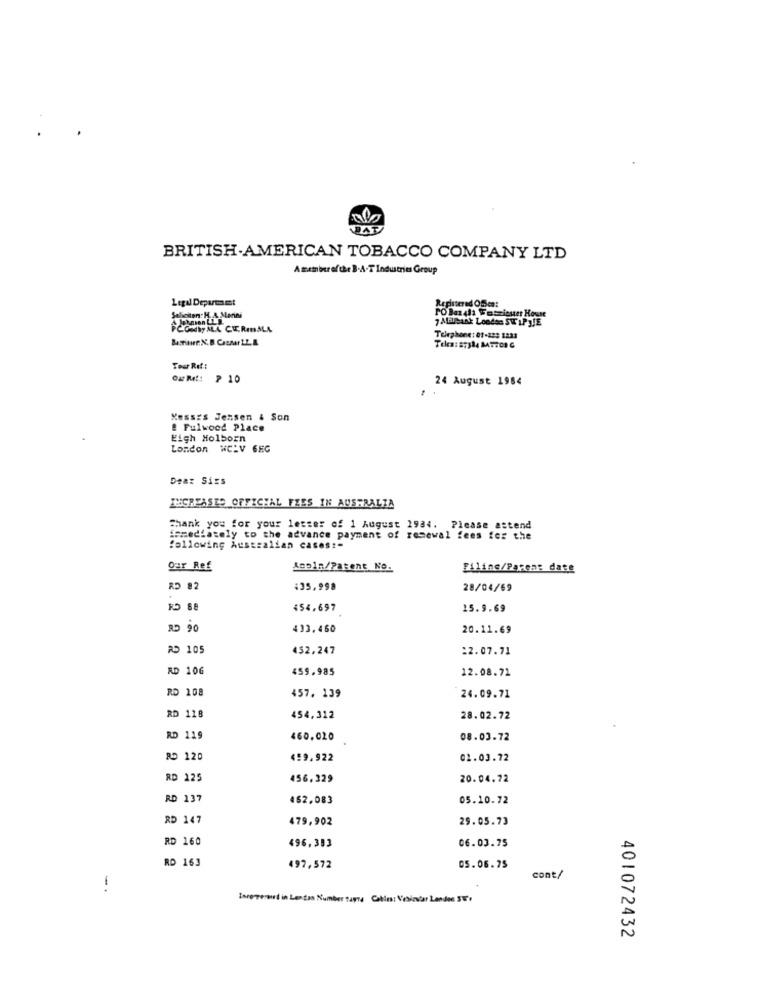
BRITISH AMERICAN TOBACCO COMPANY LTD
Amember ofthe B.A-T Industries Group
Legal Department
Repintered Office:
Seliciten: H. A. Merini
7 Milbank Loodes SW LP JJE
PCOMWy ALL CERIALL
Telephone: 01-222 1233
Tour Rif:
Ou ML: > 10
24 August 1984
Nesses Jensen & Son
@ Fulwood Place
Eigh Holborn
London WCLV 6KG
Dea: Sizs
INCREASED OFFICIAL FEES IN AUSTRALIA
Thank you for your letter of 1 August 1984. Please astend
immediately to the advance payment of resewal fees for the
following Australian cases :-
Dar Ref
Acpln/Patent No.
Filing/Pasen: date
RD 82
#35,998
28/04/69
454.697
15.9.69
RD 90
433.460
20.11.69
RD 105
452,247
:2.07.71
RD 106
459.985
12.08.71
RD 108
457. 139
24.09.71
RD 118
454,312
28.02.72
RD 119
460,020
08.03.72
RD 120
499.922
01.03.72
RD 125
456.329
20.04.72
RD 137
462.083
05.10.72
RD 147
479,902
29.05.73
RD 160
496,383
06.03.75
RD 163
497,572
05.06.75
1
cont/
Iorerrented in Lentas Number tapre Cables: Vebincar Landes ST'+
401072432